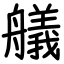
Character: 艤